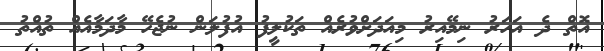
އޮތް ދެ އަހަރު ނިމޭއިރު މިއަދަށްވުރެއް ތަކުލީފު އުފުލަން ނުޖެހޭ މާދަމާއެއް ތުއްތު